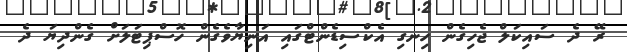
ރޭ ދެ ސައިކަލް ޖެހިގެން ހިނގި އެކްސިޑެންޓްގައި އަނިޔާވެގެން ހޮސްޕިޓަލަށް ގެންދިޔަ ދެ